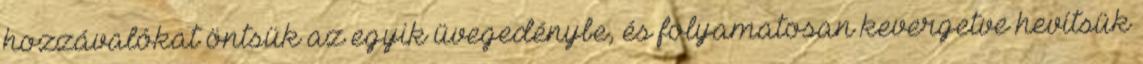
hozzávalókat öntsük az egyik üvegedénybe, és folyamatosan kevergetve hevítsük